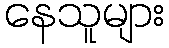
နေသူများ